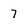
Character: 7